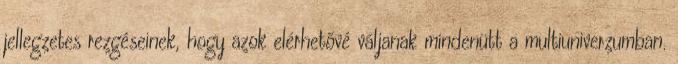
jellegzetes rezgéseinek, hogy azok elérhetővé váljanak mindenütt a multiuniverzumban.